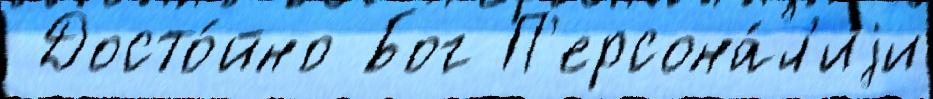
 Досто́йно Бог П'ерсона́л'иjи